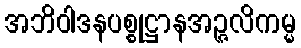
အဘိဝါဒနပစ္စုဋ္ဌာနအဉ္ဇလိကမ္မ